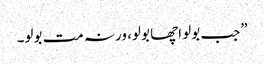
”جب بولو اچھا بولو، ورنہ مت بولو۔